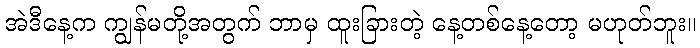
အဲဒီနေ့က ကျွန်မတို့အတွက် ဘာမှ ထူးခြားတဲ့ နေ့တစ်နေ့တော့ မဟုတ်ဘူး။